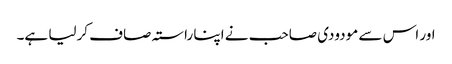
اور اس سے مودودی صاحب نے اپنا راستہ صاف کرلیا ہے۔